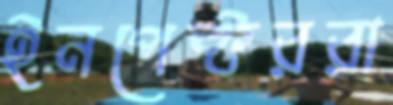
ইনপেক্টররা